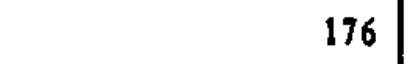
176